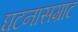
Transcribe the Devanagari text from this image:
घटनासम्राट